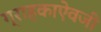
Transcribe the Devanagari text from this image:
ग्राहकाऐवजी